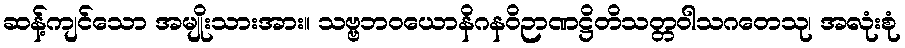
ဆန့်ကျင်သော အမျိုးသားအား။ သဗ္ဗဘဝယောနိဂနဝိဉာဏဋ္ဌိတိသတ္တဝါသဂတေသု၊ အလုံးစုံ